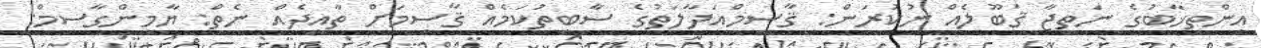
އިންތިޚާބުގެ ނަތީޖާ ޤަބޫލެއް ނުކުރަން: ޤާސިމްއަދާލަތުގެ ސާބިތުކަމެއް ޤާސިމަށް ތާއީދެއް ނެތް: ޔާމީންގާސިމް: